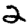
Digit: 2